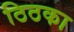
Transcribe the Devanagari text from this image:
ठिठका